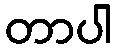
တာပါ